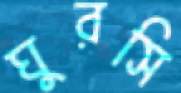
ঘুরসি